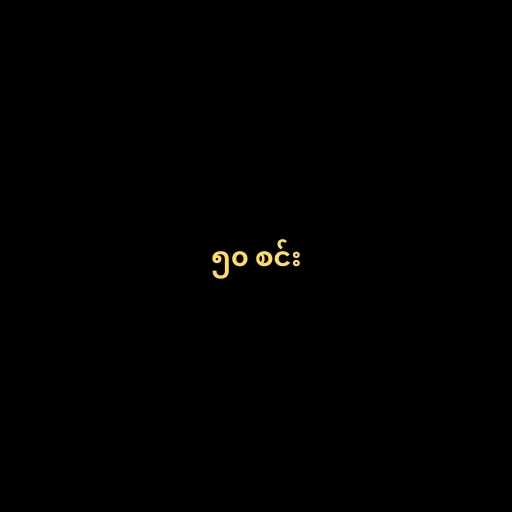
၅၀ စင်း